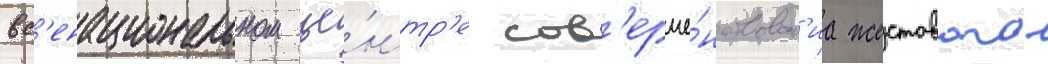
вс'енациональном це́нтр'е сов'ерше́нствован'иа жестового